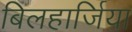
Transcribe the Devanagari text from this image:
बिलहार्जिया